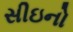
સીઇનો